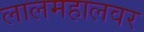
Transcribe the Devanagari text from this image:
लालमहालवर